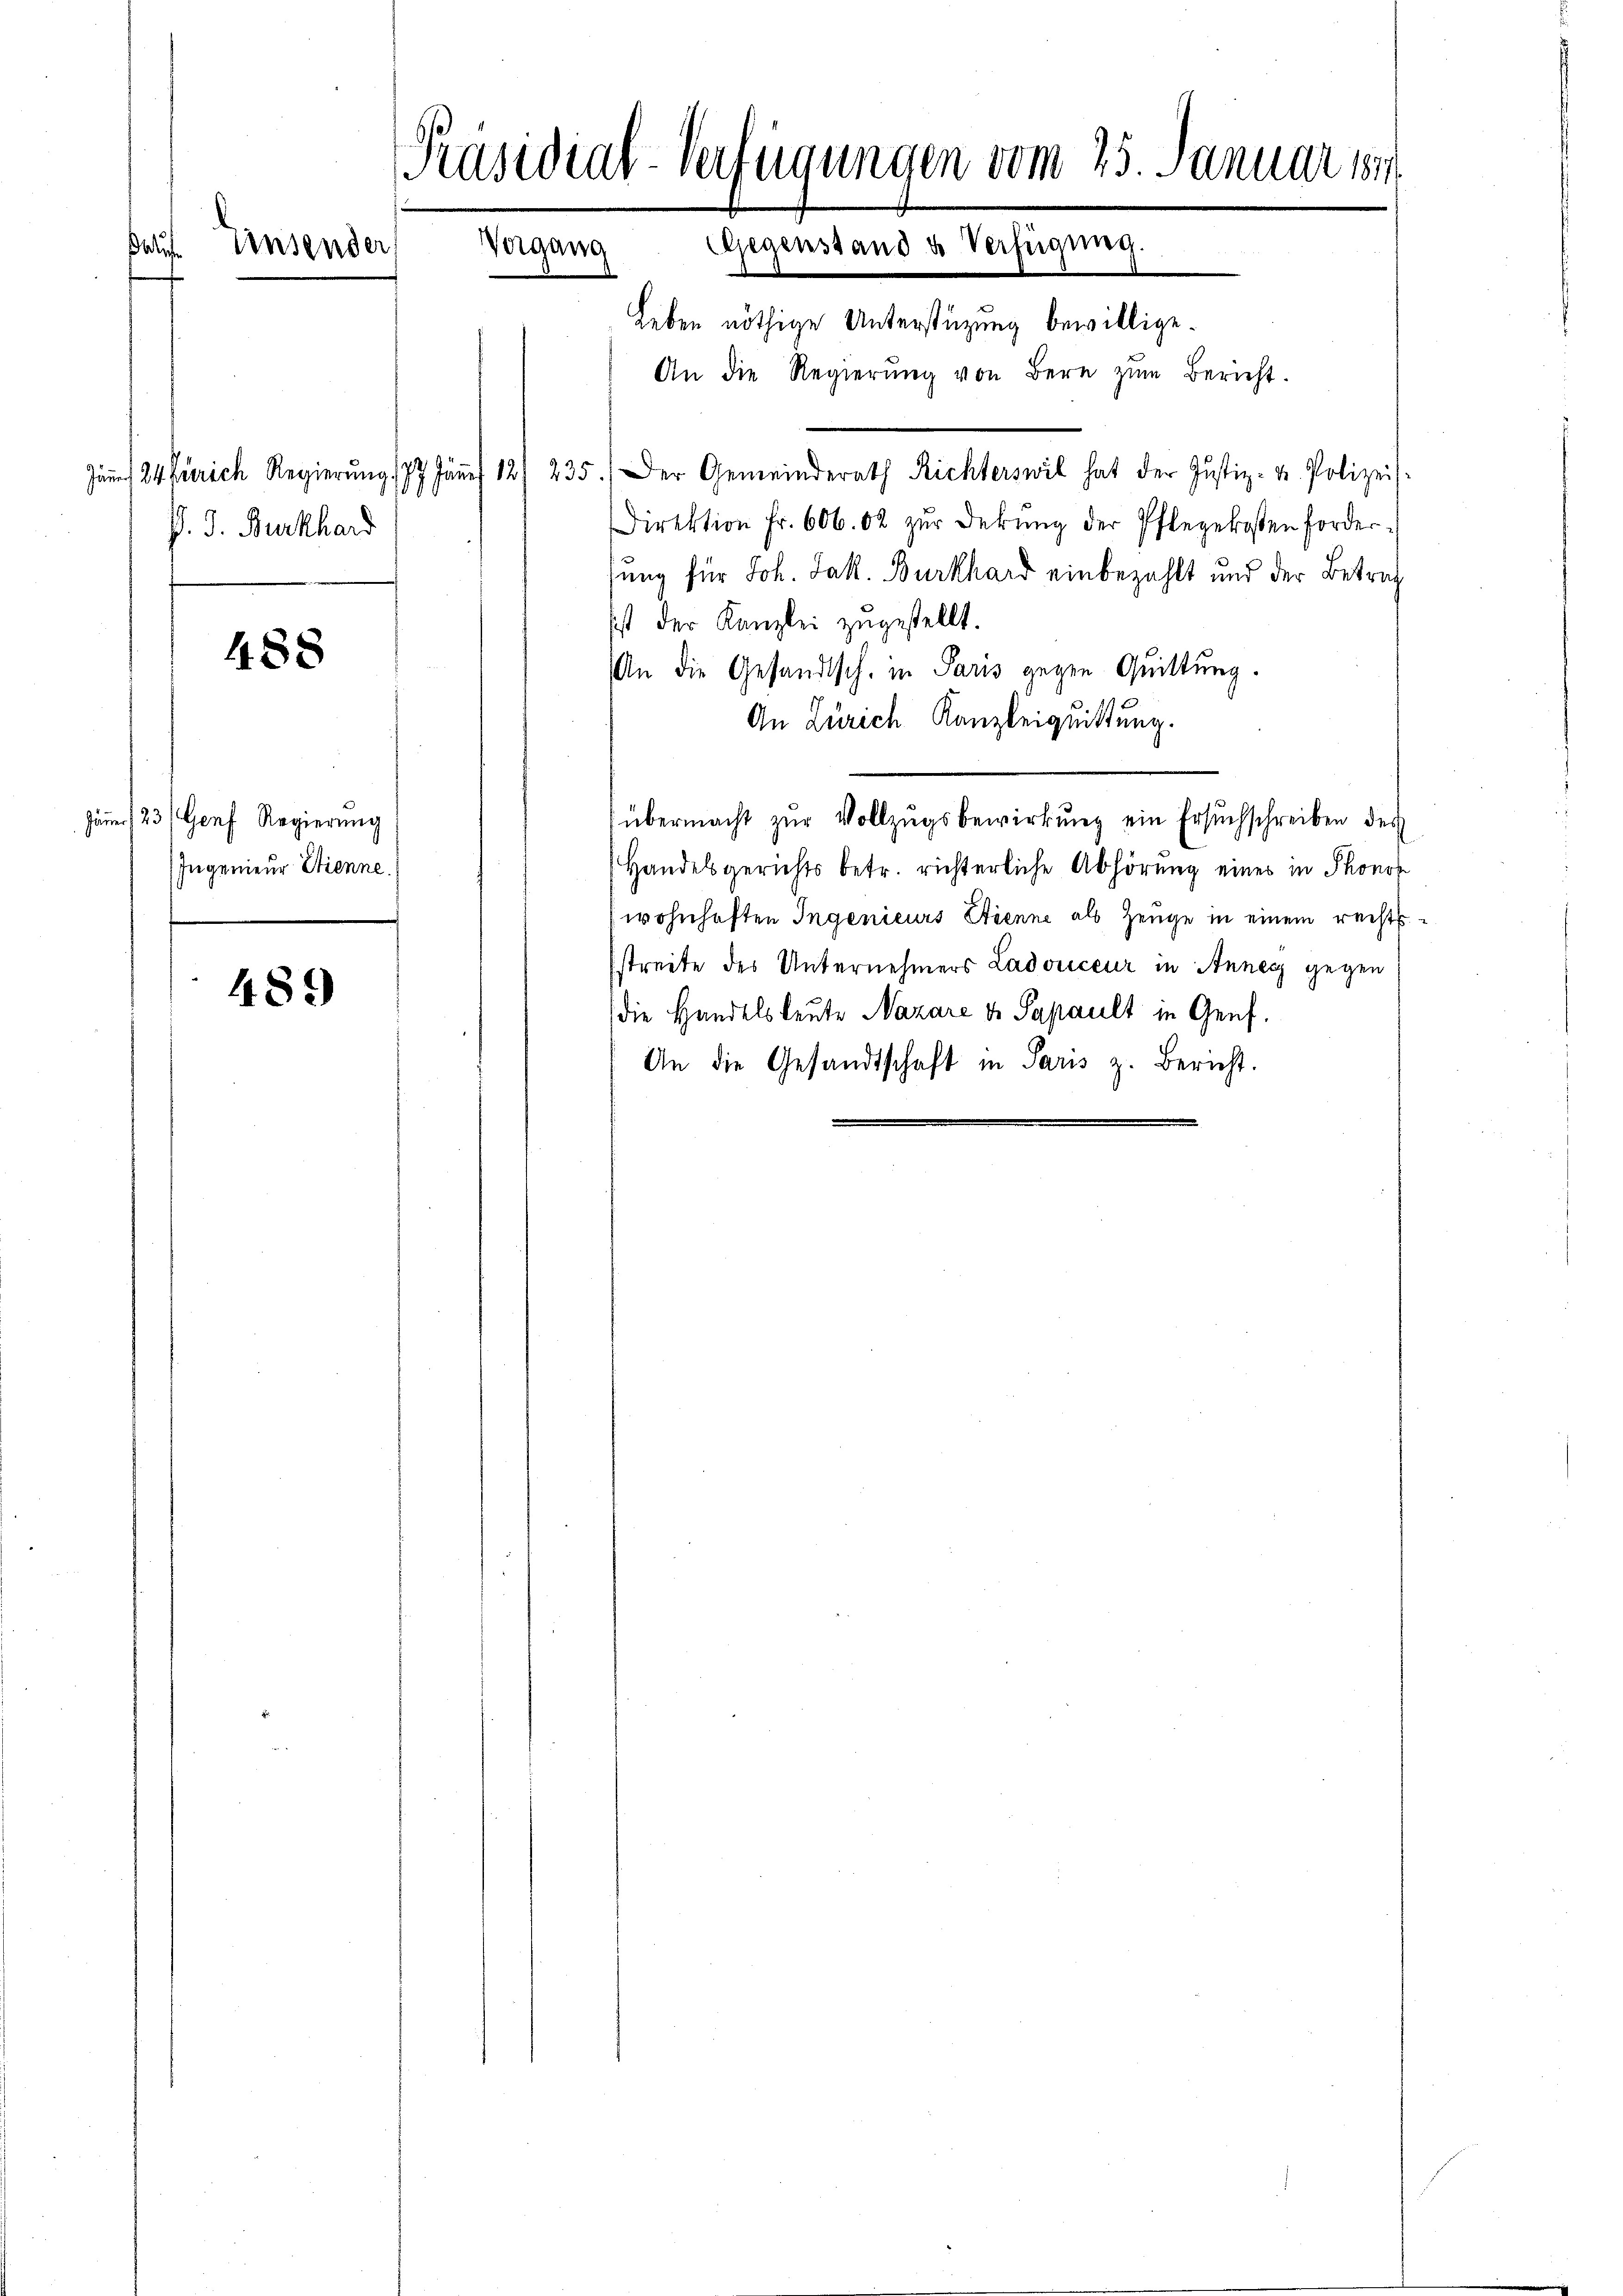
e

P. J. Burkhard

488

Jäner 123.) Genf Regierung
Ingenieur Stienne.)

489

Präsidial-Verfügungen vom 25. Januar 184
Vergang Gegenstand & Verfügung.
Zinsender

Leben nöthige Unterstüzung bewillige.
An die Regierŭng von Bern zŭm Bericht.
Jŭn 24 Zürich Regierŭng. 77. Jäṅer 12/ 235.) Der Gemeinderath Richterswil hat der Justiz- u. Polizeis-
Direktion fr. 606. 02 zŭr Dekŭng der Pflegekosten forder-
lung für Joh. Jak. Burkhard einbezahlt und der Betrag
Ist der Kanzlei zugestellt.
An die Gesandtsch, in Paris gegen Quittung.
An Zürich Kanzleiquittung.
übermacht zur Vollzugsbewirkung ein Ersuchschreiben des
Handelsgerichts betr. richterliche Abhörung eines in Phonor
wohnhaften Ingenieurs Etienne als Zeuge in einem rechtsstreite des Unternehmers Ladouceur in Anney gegen
die Handelsleute Nazare d. Papault in Genf.
An die Gesandtschaft in Paris z. Bericht.